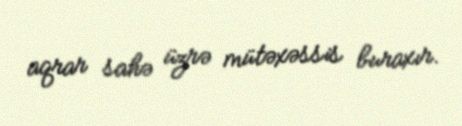
aqrar sahə üzrə mütəxəssis buraxır.